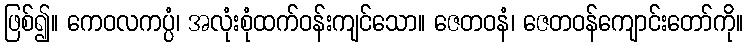
ဖြစ်၍။ ကေဝလကပ္ပံ၊ အလုံးစုံထက်ဝန်းကျင်သော။ ဇေတဝနံ၊ ဇေတဝန်ကျောင်းတော်ကို။